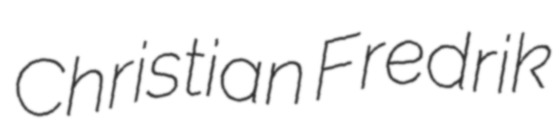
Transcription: Christian Fredrik